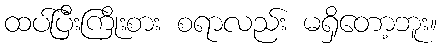
ထပ်ပြီးကြိုးစား စရာလည်း မရှိတော့ဘူး။